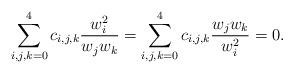
LaTeX: \begin{align*} \sum_{i,j,k=0}^4 c_{i,j,k}\frac{w_i^2}{w_jw_k}=\sum_{i,j,k=0}^4 c_{i,j,k}\frac{w_jw_k}{w_i^2}=0.\end{align*}